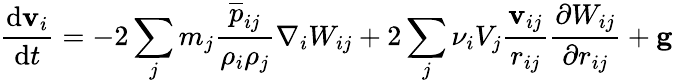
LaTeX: \frac{\mathrm{d}\mathbf{v}_{i}}{\mathrm{d}t}=-2\sum_{j}m_{j}\frac{\overline{{{p}}}_{ij}}{\rho_{i}\rho_{j}}\nabla_{i}W_{ij}+2\sum_{j}\nu_{i}V_{j}\frac{\mathbf{v}_{ij}}{r_{ij}}\frac{\partial W_{ij}}{\partial r_{ij}}+\mathbf{g}